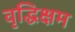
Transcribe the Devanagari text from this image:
वृद्धिक्षम